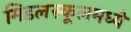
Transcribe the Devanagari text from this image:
मिडलस्कूलमध्ये